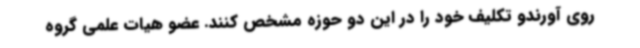
روی آورندو تکلیف خود را در این دو حوزه مشخص کنند. عضو هیات علمی گروه